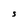
Character: S